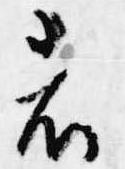
者